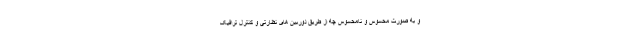
و به صورت محسوس و نامحسوس چه از طریق دوربین های نظارتی و کنترل ترافیک